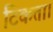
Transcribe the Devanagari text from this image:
टिकता।